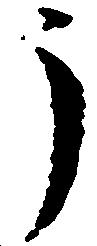
了